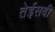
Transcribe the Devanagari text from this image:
तेईसवी